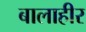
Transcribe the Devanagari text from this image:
बालाहीर